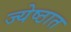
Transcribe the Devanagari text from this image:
ज्येष्ठात